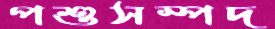
পশুসম্পদ